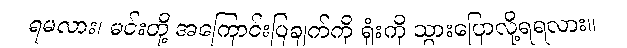
ရမလား၊ မင်းတို့ အကြောင်းပြချက်ကို ရုံးကို သွားပြောလို့ရရလား။